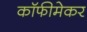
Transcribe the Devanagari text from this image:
कॉफीमेकर